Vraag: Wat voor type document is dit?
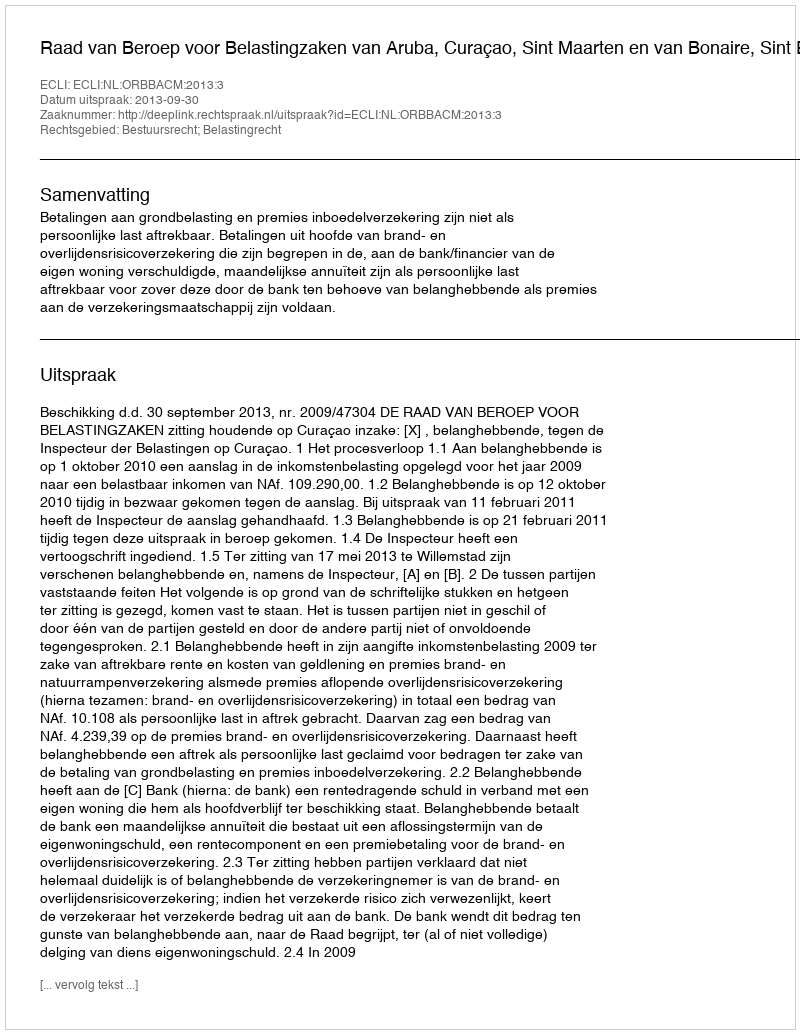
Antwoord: Uitspraak